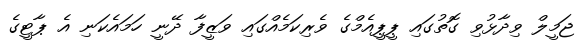
ޖަމީލް ވިދާޅުވި ގޮތުގައި ޕީޕީއެމްގެ ވެރިކަމެއްގައި ވަޒީފާ ދޭނީ ހަމައެކަނި އެ ޕާޓީގެ